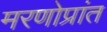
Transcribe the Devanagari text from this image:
मरणोप्रांत